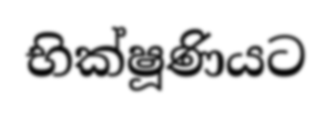
භික්ෂූණියට